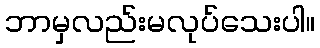
ဘာမှလည်းမလုပ်သေးပါ။